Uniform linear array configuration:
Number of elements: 24
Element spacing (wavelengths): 1
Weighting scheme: blackman
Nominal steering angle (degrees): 60
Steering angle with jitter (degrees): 59.024
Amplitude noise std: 0.05
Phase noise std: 0.05

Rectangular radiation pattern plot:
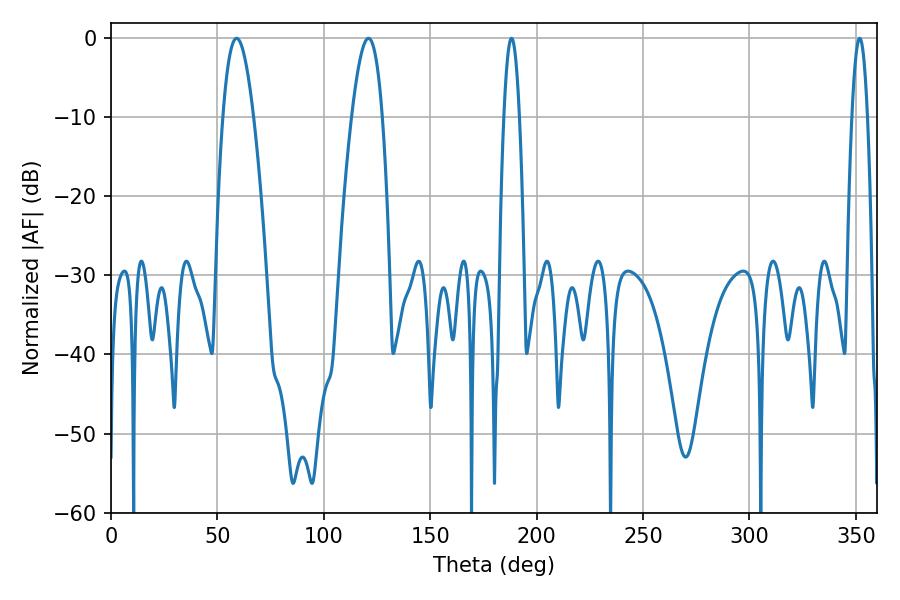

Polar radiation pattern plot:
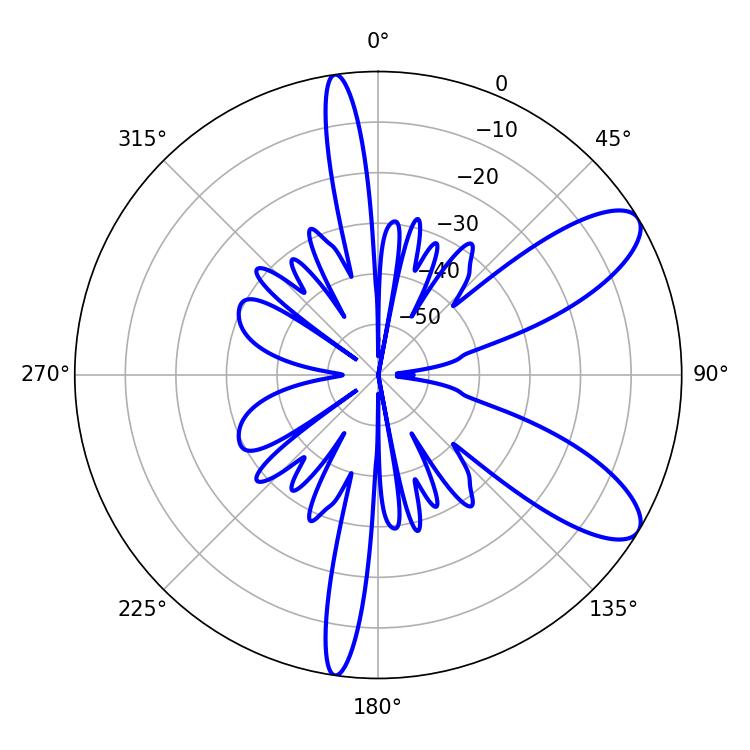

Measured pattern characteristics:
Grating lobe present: TRUE
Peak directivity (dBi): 9.338
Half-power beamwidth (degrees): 7.92
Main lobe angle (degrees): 59.04